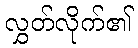
လွှတ်လိုက်၏